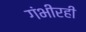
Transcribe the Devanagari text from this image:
गंभीरही